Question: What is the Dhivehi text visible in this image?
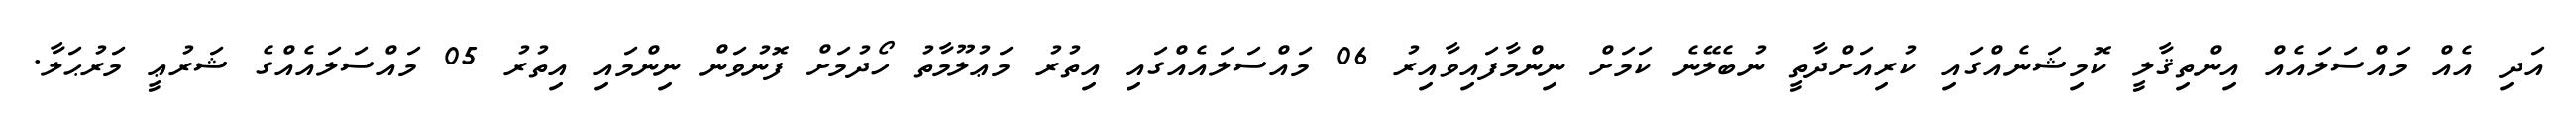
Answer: އަދި އެއް މައްސަލައެއް އިންތިޤާލީ ކޮމިޝަނެއްގައި ކުރިއަށްދާތީ ނުބެލޭނެ ކަމަށް ނިންމާފައިވާއިރު 06 މައްސަލައެއްގައި އިތުރު މަޢުލޫމާތު ހޯދުމަށް ފޮނުވަން ނިންމައި އިތުރު 05 މައްސަލައެއްގެ ޝަރުޢީ މަރުޙަލާ.